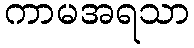
ကာမအရသာ